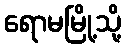
ရောမမြို့သို့